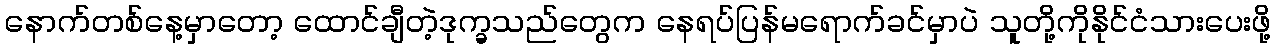
နောက်တစ်နေ့မှာတော့ ထောင်ချီတဲ့ဒုက္ခသည်တွေက နေရပ်ပြန်မရောက်ခင်မှာပဲ သူတို့ကိုနိုင်ငံသားပေးဖို့